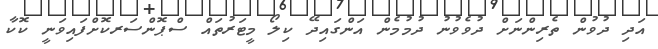
އަދި ދުވުން ތެރިންނަށް ދުވެވުނު ދުމުމެން އަންގައިދޭ ކިލޯ މީޓަރުތައް ސްޕޮންސަރކޮށްފައިވަނީ ކޮކާ